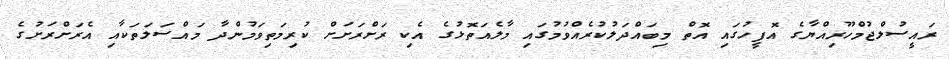
ރައީސުލްޖުމްހޫރިއްޔާގެ އޮފީހުގައި އޮތް މިބައްދަލުކުރެއްވުމުގައި މާލެއަތޮޅުގެ އެކި ރަށްރަށަށް ކުރިމަތިވަމުންދާ މައްސަލަތަކާއި އެރަށްރަށުގެ